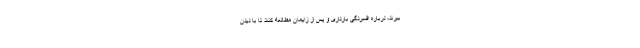
ببرند، درباره افسردگی بارداری و پس از زایمان مطالعه کنند تا با دیدن